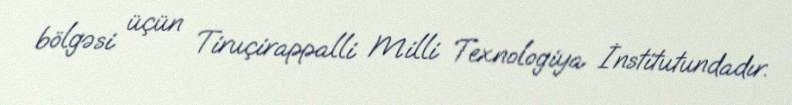
bölgəsi üçün Tiruçirappalli Milli Texnologiya İnstitutundadır.